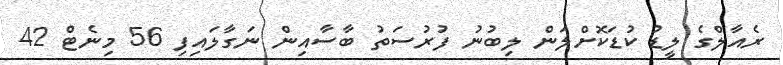
ރެއާލްގެ ލީޑު ކުޑަކޮށްލަން ލިބުނު ފުރުސަތު ބާސާއިން ނަގާލައިފި 56 މިނެޓް 42